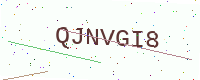
Text: QJNVGI8